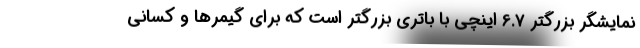
نمایشگر بزرگتر 6.7 اینچی با باتری بزرگتر است که برای گیمرها و کسانی